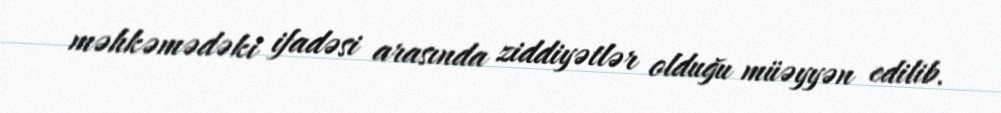
məhkəmədəki ifadəsi arasında ziddiyətlər olduğu müəyyən edilib.